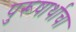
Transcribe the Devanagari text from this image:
पुरूषार्थाचा